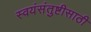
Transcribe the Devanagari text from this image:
स्वयंसंतुष्टीसाठी